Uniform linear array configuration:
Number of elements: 24
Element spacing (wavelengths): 0.25
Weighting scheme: exponential
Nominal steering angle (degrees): -30
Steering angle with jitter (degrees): -29.082
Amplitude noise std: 0.05
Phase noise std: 0.05

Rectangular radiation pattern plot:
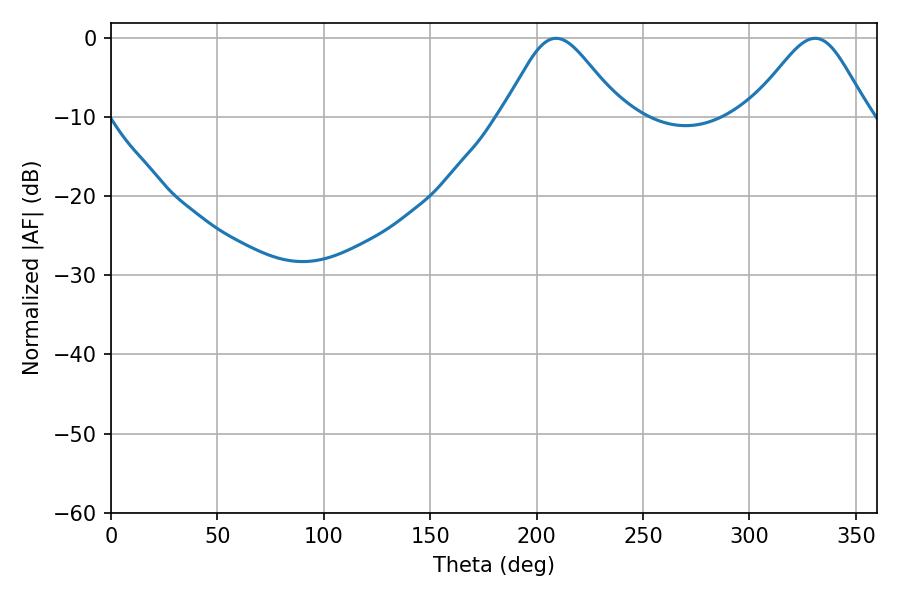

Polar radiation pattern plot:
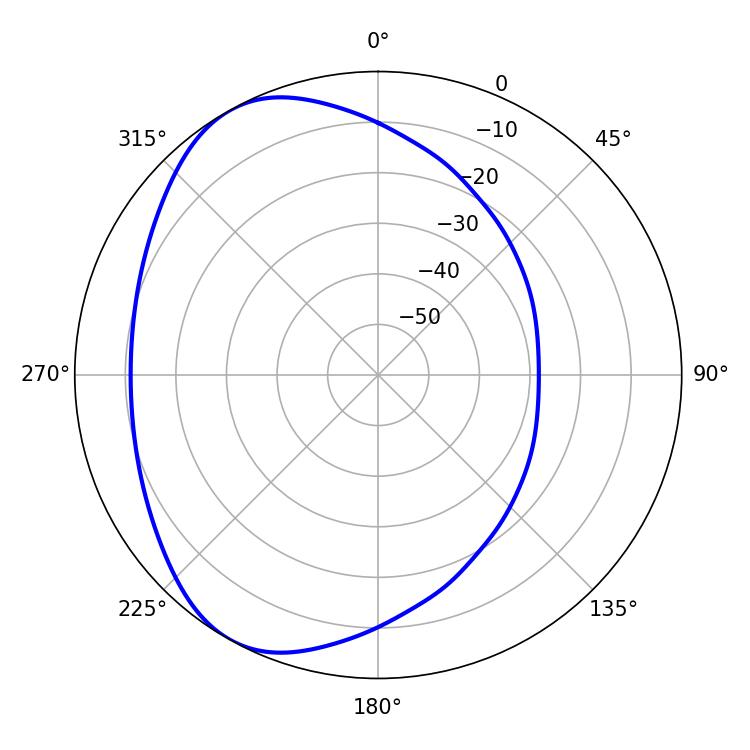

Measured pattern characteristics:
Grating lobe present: FALSE
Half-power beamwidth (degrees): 27.36
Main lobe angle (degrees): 209.16